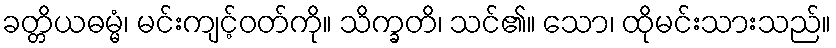
ခတ္တိယဓမ္မံ၊ မင်းကျင့်ဝတ်ကို။ သိက္ခတိ၊ သင်၏။ သော၊ ထိုမင်းသားသည်။